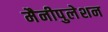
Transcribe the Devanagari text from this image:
मैनीपुलेशन